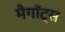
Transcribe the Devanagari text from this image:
मैगॉट्स